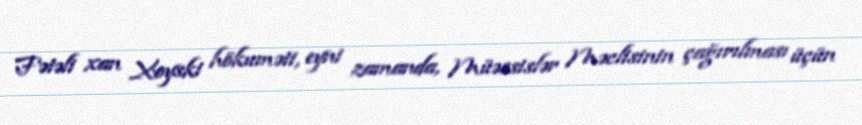
Fətəli xan Xoyski hökuməti, eyni zamanda, Müəssislər Məclisinin çağırılması üçün